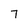
Character: 7